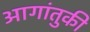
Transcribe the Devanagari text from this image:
आगांतुकी